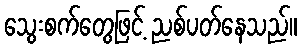
သွေးစက်တွေဖြင့် ညစ်ပတ်နေသည်။